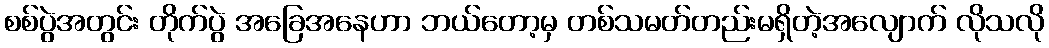
စစ်ပွဲအတွင်း တိုက်ပွဲ အခြေအနေဟာ ဘယ်တော့မှ တစ်သမတ်တည်းမရှိတဲ့အလျောက် လိုသလို